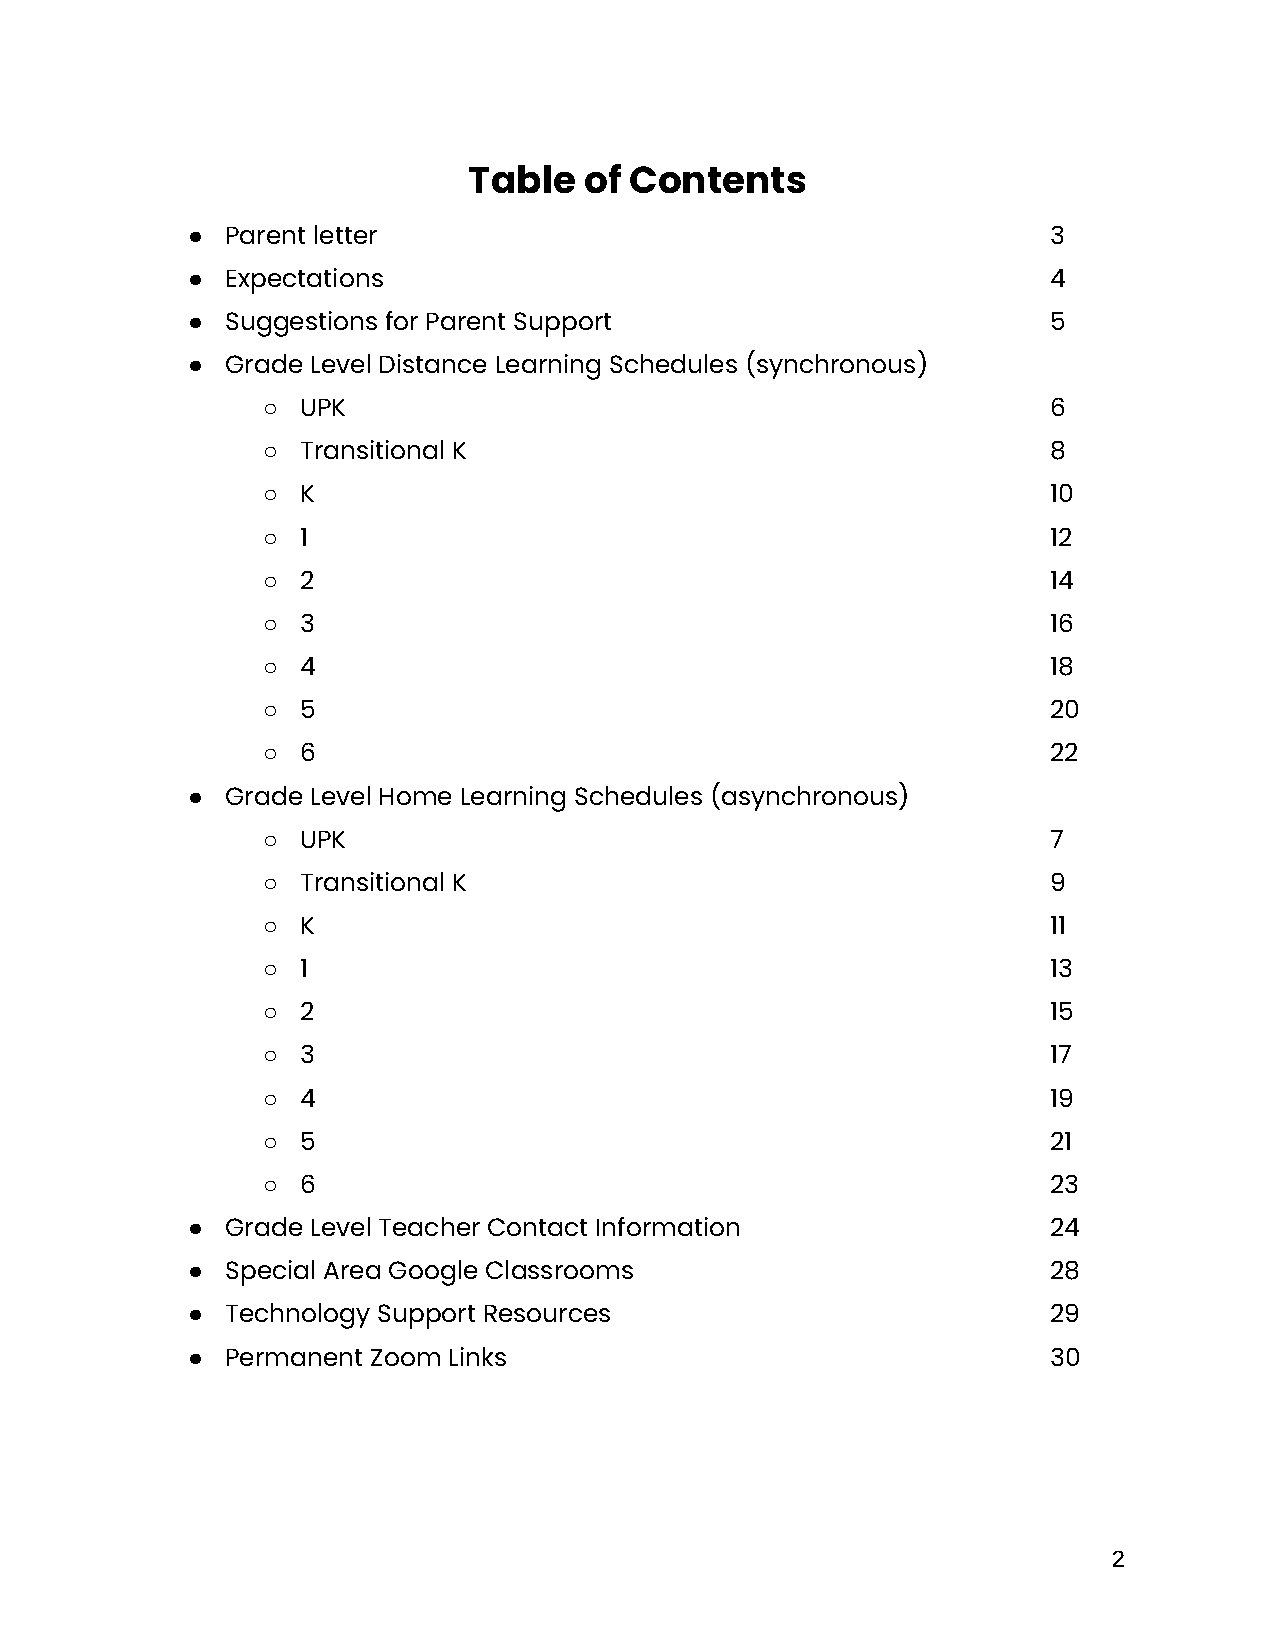
Table   of Contents
 ●  Parent letter                                          3
 ●  Expectations                                           4
 ●  Suggestions for Parent Support                         5
 ●  Grade Level Distance Learning Schedules (synchronous)
 ○  UPK                                               6
 ○  Transitional K                                    8
 ○  K                                                 10
 ○  1                                                 12
 ○  2                                                 14
 ○  3                                                 16
 ○  4                                                 18
 ○  5                                                 20
 ○  6                                                 22
 ●  Grade Level Home Learning Schedules (asynchronous)
 ○  UPK                                               7
 ○  Transitional K                                    9
 ○  K                                                 11
 ○  1                                                 13
 ○  2                                                 15
 ○  3                                                 17
 ○  4                                                 19
 ○  5                                                 21
 ○  6                                                 23
 ●  Grade Level Teacher Contact Information                24
 ●  Special Area Google Classrooms                         28
 ●  Technology Support Resources                           29
 ●  Permanent Zoom Links                                   30
 2